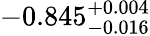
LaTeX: -0.845_{-0.016}^{+0.004}